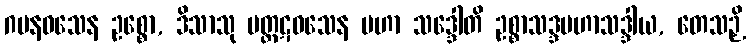
ဂမနဝသေန ဥစ္စော, ဒိသာသု ပတ္ထဋဝသေန မဟာ သဒ္ဒေါတိ ဥစ္စာသဒ္ဒမဟာသဒ္ဒါယ, တေသဉှိ